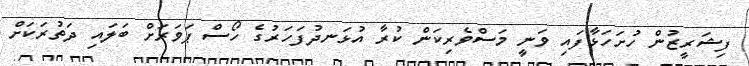
ފިޝަރީޒުން ހުށަހަޅާފައި ވަނީ މަސްވެރިކަން ކުރާ އުޅަނދުފަހަރުގެ ހޯސް ޕަވަރަށް ބަލައި ދަތުރަކަށް